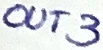
Text: OUT3